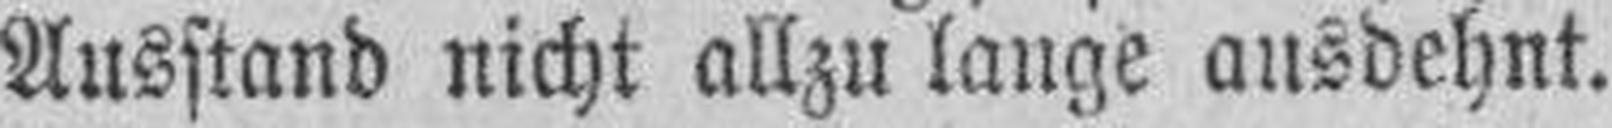
Ausstand nicht allzu lange ausdehnt.